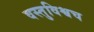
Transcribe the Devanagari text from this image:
वस्तुविश्वच